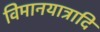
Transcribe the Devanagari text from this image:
विमानयात्रादि